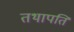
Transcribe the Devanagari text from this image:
तथापति